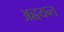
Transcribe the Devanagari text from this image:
अह्वयन्त